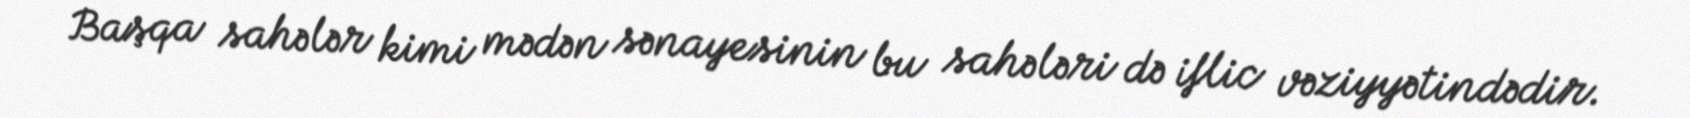
Başqa sahələr kimi mədən sənayesinin bu sahələri də iflic vəziyyətindədir.